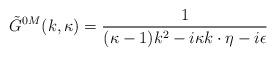
LaTeX: \begin{align*}\tilde G^{0 M}(k,\kappa)={1\over{(\kappa-1)k^2-i\kappa k\cdot\eta-i\epsilon}}\end{align*}